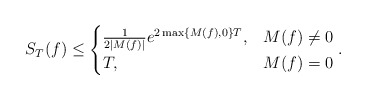
\begin{align*}S_T(f) \le \begin{cases}\frac{1}{2|M(f)|}{e^{2 \max\{M(f),0\} T}} , & M(f) \neq 0 \\T, & M(f) = 0\end{cases}.\end{align*}